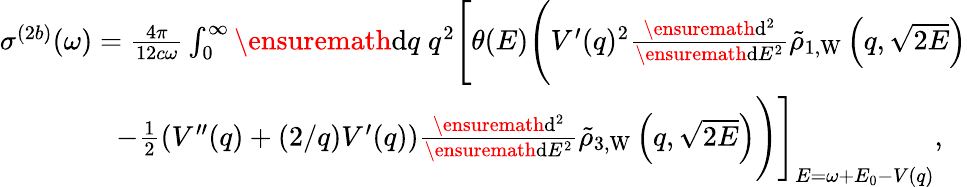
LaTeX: \begin{array}{r}{\sigma^{(2b)}(\omega)=\frac{4\pi}{12c\omega}\int_{0}^{\infty}\ensuremath{\mathrm{d}}q\; q^{2}\Biggl[\theta(E)\Biggl(V^{\prime}(q)^{2}\frac{\ensuremath{\mathrm{d}}^{2}}{\ensuremath{\mathrm{d}}E^{2}}\tilde{\rho}_{1,\mathrm{W}}\left(q,\sqrt{2E}\right)}\\ {-\frac{1}{2}\left(V^{\prime\prime}(q)+(2/q)V^{\prime}(q)\right)\frac{\ensuremath{\mathrm{d}}^{2}}{\ensuremath{\mathrm{d}}E^{2}}\tilde{\rho}_{3,\mathrm{W}}\left(q,\sqrt{2E}\right)\Biggl)\Biggl]_{E=\omega+E_{0}-V(q)},\; \; \; }\end{array}